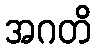
အဂတိ